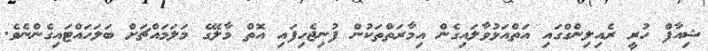
ޝިއާފް ހުރީ ރެއިލިންގްގައި އަތްއަޅުވާލައިގެން އިމާރަތްތަކުން ފުނިޖެހިފައި އޮތް މާލޭގެ މަލަމައްޗަށް ބަލަހައްޓައިގެންނެވެ.